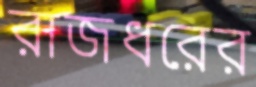
রাজধরের